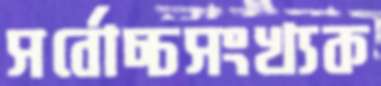
সর্বোচ্চসংখ্যক